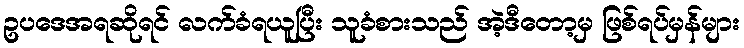
ဥပဒေအရဆိုရင် လက်ခံရယူပြီး သူခံစားသည် အဲ့ဒီတော့မှ ဖြစ်ရပ်မှန်များ